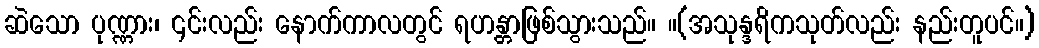
ဆဲသော ပုဏ္ဏား၊ ၎င်းလည်း နောက်ကာလတွင် ရဟန္တာဖြစ်သွားသည်။ ။(အသုန္ဒရိကသုတ်လည်း နည်းတူပင်။)